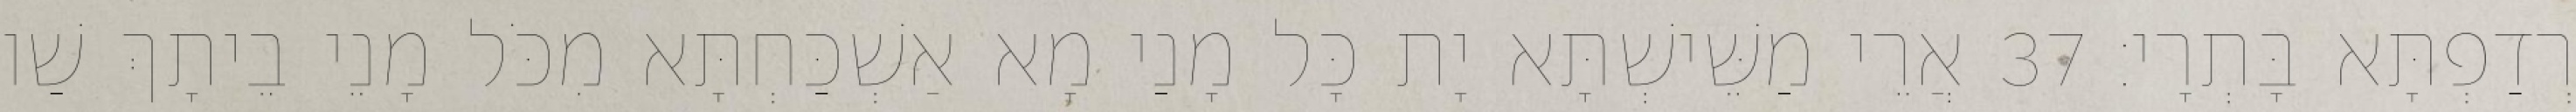
רְדַפְתָּא בָּתְרָי׃ 37 אֲרֵי מַשֵּׁישְׁתָּא יָת כָּל מָנַי מָא אַשְׁכַּחְתָּא מִכֹּל מָנֵי בֵיתָךְ שַׁו